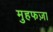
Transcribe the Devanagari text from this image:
मुहफज़ा